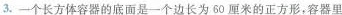
3.一个长方体容器的底面是一个边长为60厘米的正方形。容器里